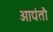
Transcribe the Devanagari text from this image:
आद्यंतौ